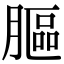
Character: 膒